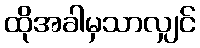
ထိုအခါမှသာလျှင်